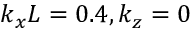
k _ { x } L = 0 . 4 , k _ { z } = 0